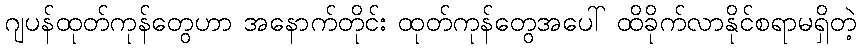
ဂျပန်ထုတ်ကုန်တွေဟာ အနောက်တိုင်း ထုတ်ကုန်တွေအပေါ် ထိခိုက်လာနိုင်စရာမရှိတဲ့